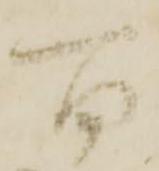
百